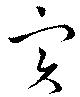
実